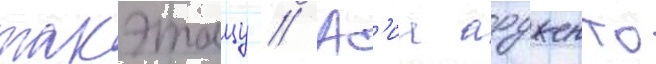
такэтацу // Ас'иа ардженто